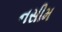
નસીમ